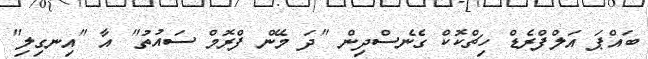
ބައްޕަ އަލްފްރެޑް ހިޗްކޮކް ގެނެސްދިން "ދަ މޭން ފްރޮމް ސައުތު" އާ "އިނގިލި"